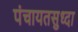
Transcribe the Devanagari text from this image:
पंचायतसुध्दा